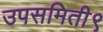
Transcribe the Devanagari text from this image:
उपसमिती९